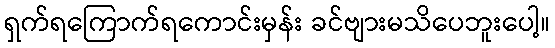
ရှက်ရကြောက်ရကောင်းမှန်း ခင်ဗျားမသိပေဘူးပေါ့။